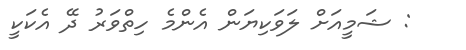
: ޝަމީއަށް ލަވަކިޔަން އެންމެ ހިތްވަރު ދޭ އެކަކީ